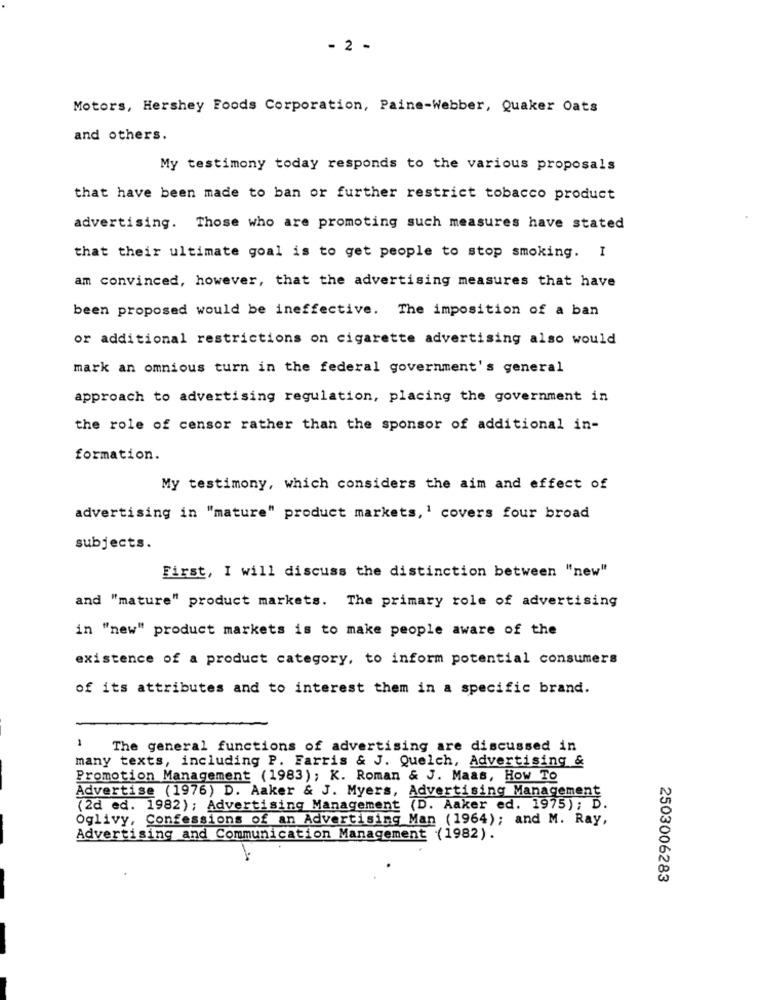
- 2 -
Motors, Hershey Foods Corporation, Paine-Webber, Quaker Oats
and others.
My testimony today responds to the various proposals
that have been made to ban or further restrict tobacco product
advertising. Those who are promoting such measures have stated
that their ultimate goal is to get people to stop smoking. I
am convinced, however, that the advertising measures that have
been proposed would be ineffective. The imposition of a ban
or additional restrictions on cigarette advertising also would
mark an omnious turn in the federal government's general
approach to advertising regulation, placing the government in
the role of censor rather than the sponsor of additional in-
formation.
My testimony, which considers the aim and effect of
advertising in "mature" product markets, 1 covers four broad
subjects.
First, I will discuss the distinction between "new"
and "mature" product markets. The primary role of advertising
in "new" product markets is to make people aware of the
existence of a product category, to inform potential consumers
of its attributes and to interest them in a specific brand.
1
The general functions of advertising are discussed in
many texts, including P. Farris & J. Quelch, Advertising &
Promotion Management (1983); K. Roman & J. Maas, How To
Advertise (1976) D. Aaker & J. Myers, Advertising Management
(2d ed. 1982); Advertising Management (D. Aaker ed. 1975); D.
Oglivy, Confessions of an Advertising Man (1964); and M. Ray,
Advertising and Communication Management (1982).
2503006283